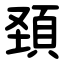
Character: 頚